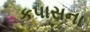
કપાસના